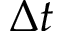
\Delta t